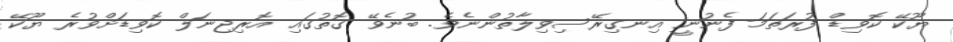
ޔޫކޭ ކޮވިޑް ފުރަތަމަ ފެނުނީ އިނގިރޭސިވިލާތުންނެވެ. ބުނެވޭ ގޮތުގައި އޮރިޖިނަލް ކޮވިޑަށްވުރެ ޔޫކޭ